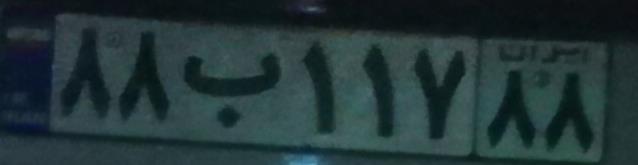
۸۸ب۱۱۷۸۸